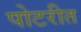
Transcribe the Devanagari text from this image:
पोटरीत